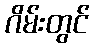
ဂိမ်းတွင်